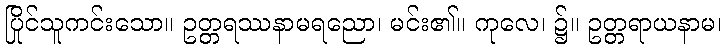
ပြိုင်သူကင်းသော။ ဥတ္တရဿနာမရညော၊ မင်း၏။ ကုလေ၊ ၌။ ဥတ္တရာယနာမ၊